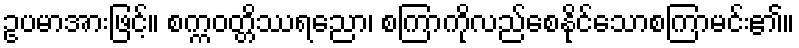
ဥပမာအားဖြင့်။ စက္ကဝတ္တိဿရညော၊ စကြာကိုလည်စေနိုင်သောစကြာမင်း၏။